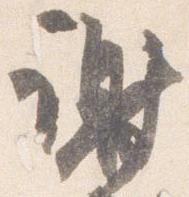
謝